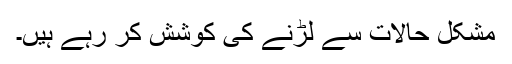
مشکل حالات سے لڑنے کی کوشش کر رہے ہیں۔